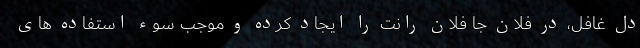
دل غافل، در فلان جا فلان رانت را ایجاد کرده و موجب سوء استفاده های